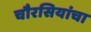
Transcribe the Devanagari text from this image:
चौरसियांचा